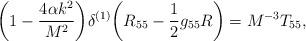
LaTeX: \begin{align*}\bigg(1-\frac{4\alpha k^2}{M^2}\bigg)\delta^{(1)}\bigg(R_{55}-\frac{1}{2}g_{55}R\bigg)=M^{-3}T_{55},\end{align*}